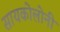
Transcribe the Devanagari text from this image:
सायकोलोनी